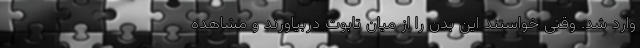
وارد شد. وقتی خواستند این بدن را از میان تابوت دربیاورند و مشاهده